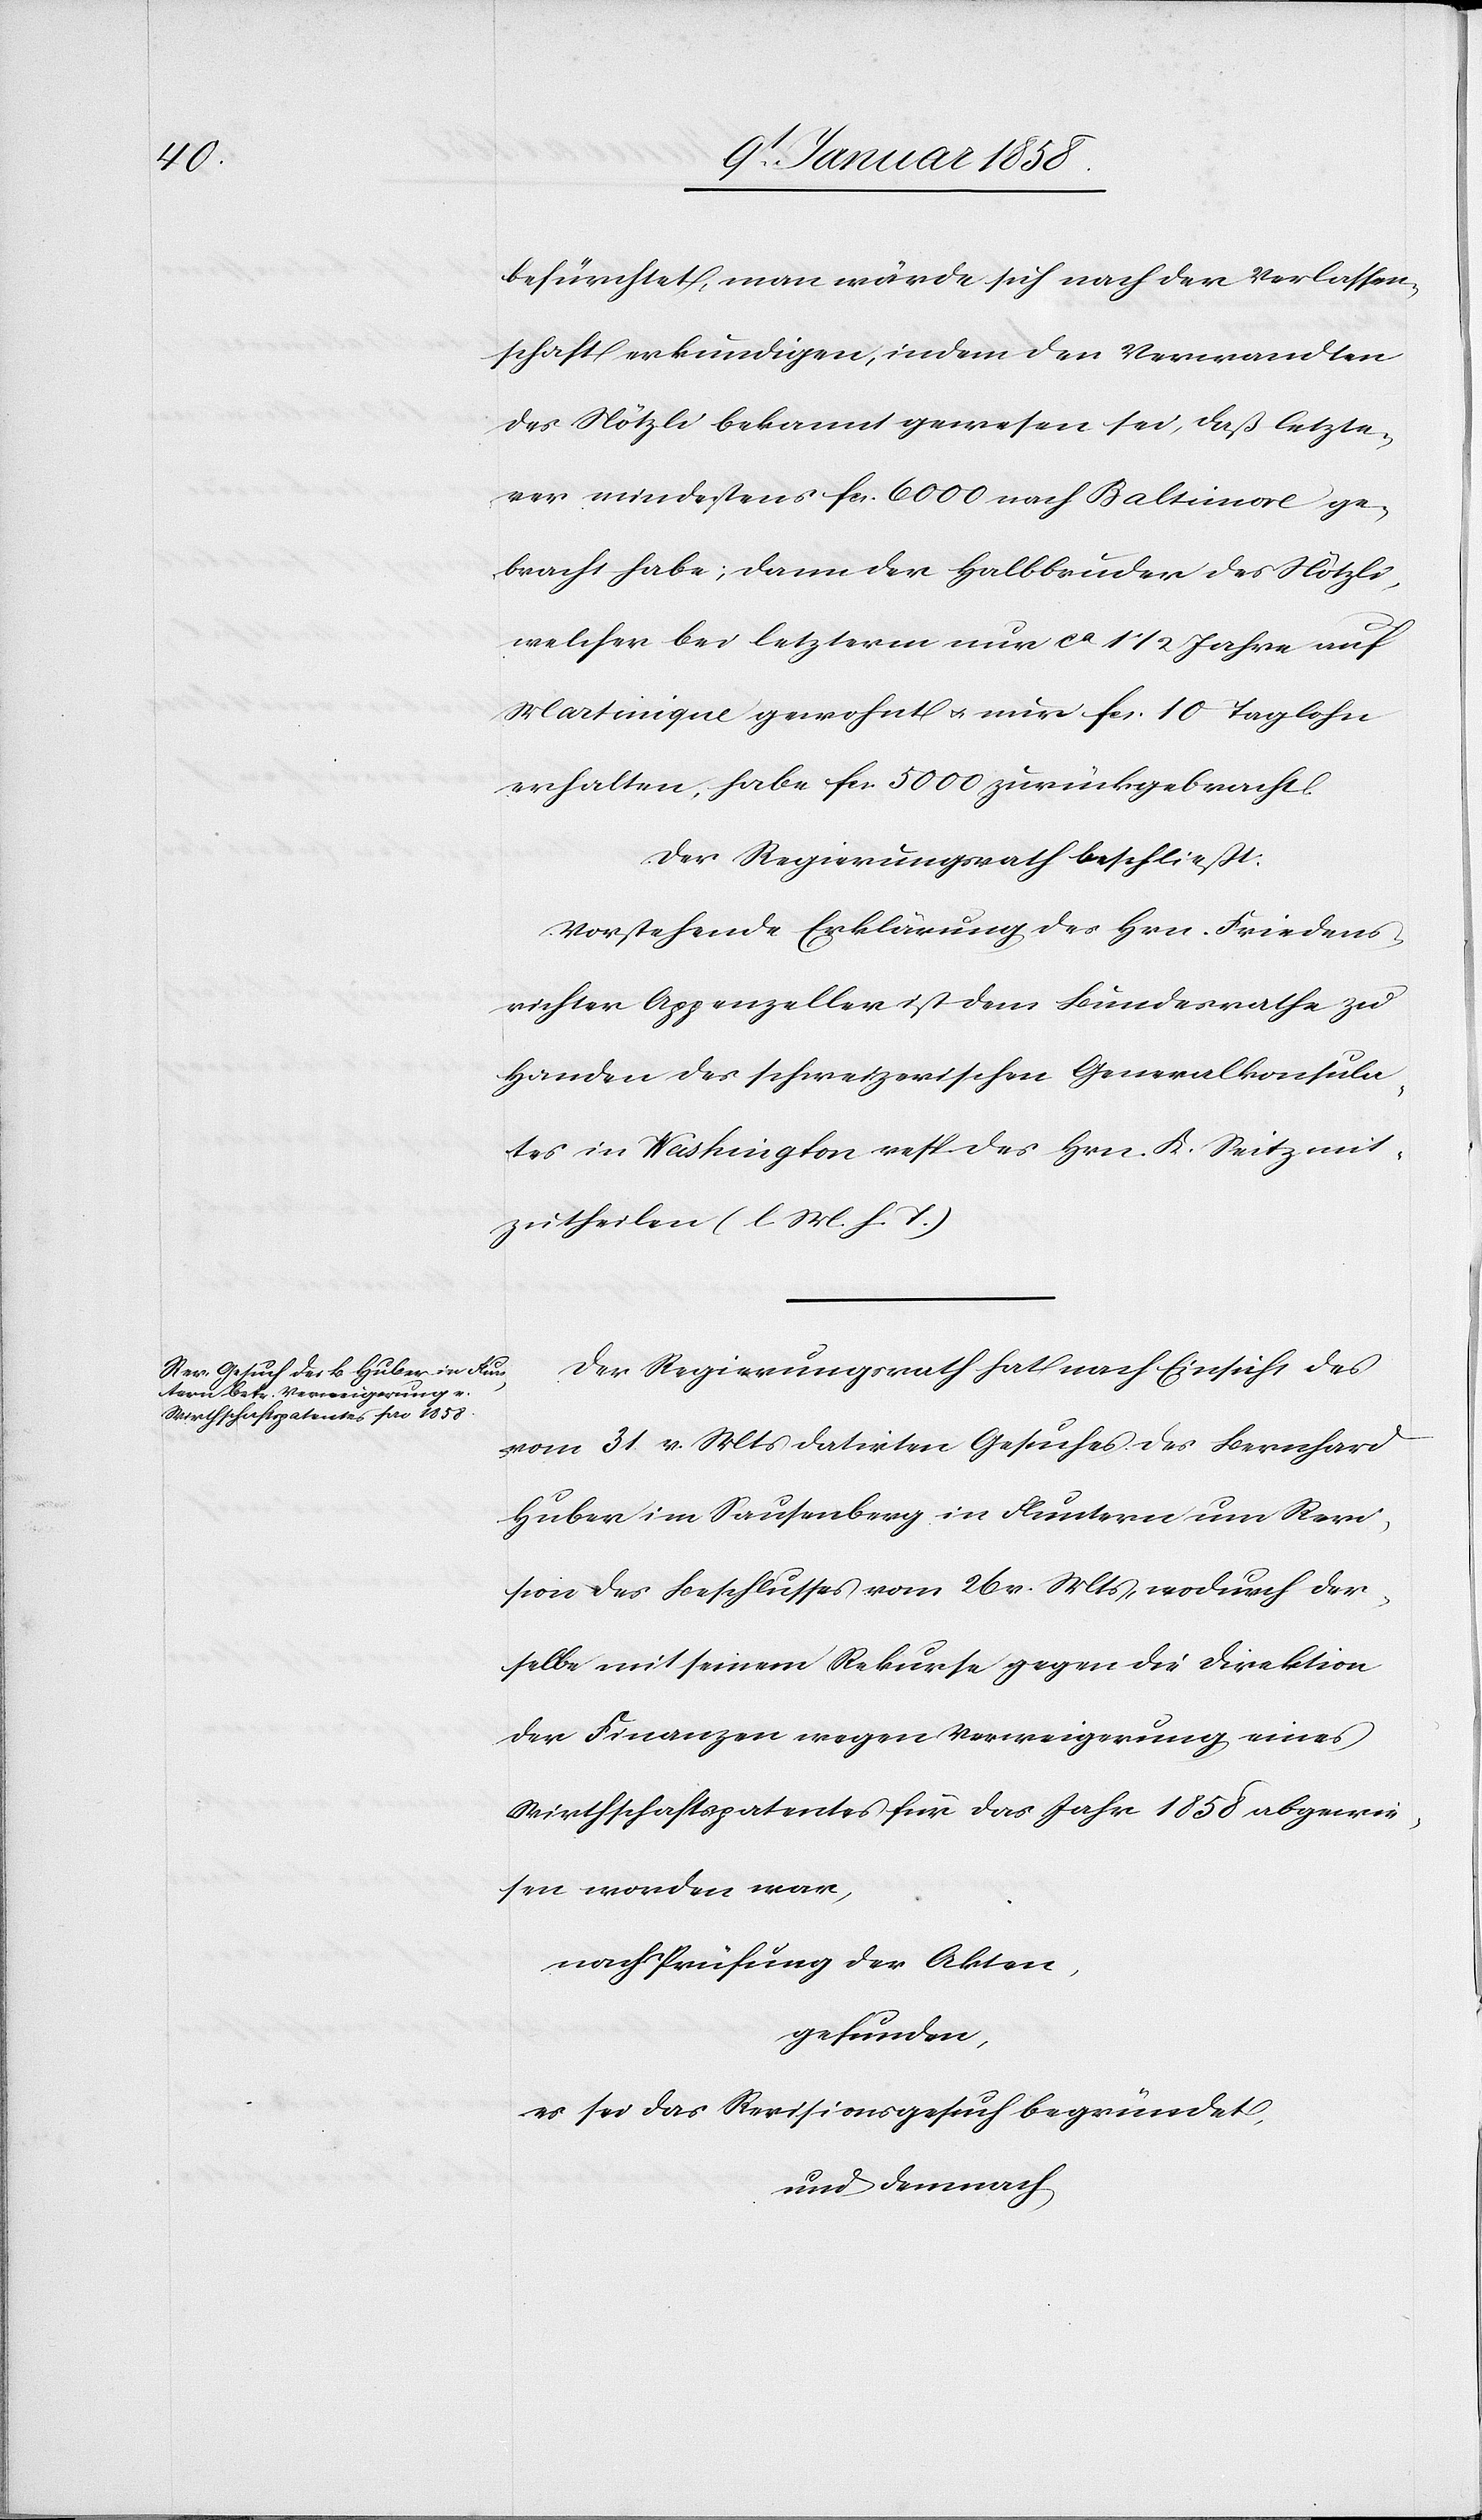
befürchtet, man wärde sich nach der Verlassen¬
schaft erkundigen, indem den Verwandten
des Nötzli bekannt gewesen sei, daß letzte¬
rer mindestens fcs. 6000 nach Baltimore ge¬
bracht habe; denn der Halbbruder des Nötzli,
welcher bei letzterm nur ca 1 1/2. Jahre auf
Martinique gewohnt u. nur fcs. 10 Taglohn
erhalten, habe fcs. 5000 zurückgebracht.
Der Regierungsrath beschliesst:
Vorstehende Erklärung des Hrn. Friedens¬
richter Appenzeller ist dem Bundesrathe zu
Handen des schweizerischen Generalkonsula¬
tes in Washington resp. des Hrn. K. Seitz mit¬
zutheilen (l M. h. T.)
Der Regierungsrath hat nach Einsicht des
vom 31 v. Mts datirten Gesuches des Bernhard
Huber im Sausenberg in Fluntern um Revi¬
sion des Beschlusses vom 26 v Mts, wodurch der¬
selbe mit seinem Rekurse gegen die Direktion
der Finanzen wegen Verweigerung eines
Wirthschaftspatentes für das Jahr 1858 abgewie¬
sen worden war,
nach Prüfung der Akten,
gefunden,
es sei das Revisionsgesuch begründet,
und demnach